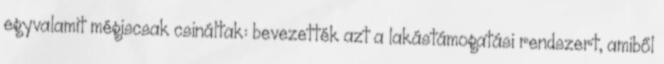
egyvalamit mégiscsak csináltak: bevezették azt a lakástámogatási rendszert, amiből